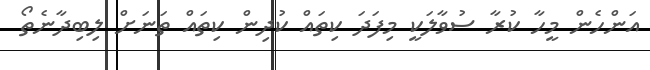
އަންހެން މީހާ ކުރާ ސުވާލަކީ މިފަދަ ކިތައް ކުދިން ކިތައް ތަނަށް ލިބިދާނެތޯ